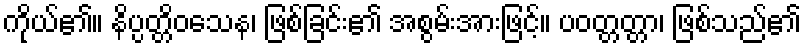
ကိုယ်၏။ နိပ္ပတ္တိဝသေန၊ ဖြစ်ခြင်း၏ အစွမ်းအားဖြင့်။ ပဝတ္တတ္တာ၊ ဖြစ်သည်၏